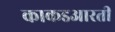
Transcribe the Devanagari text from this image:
काकडआरती